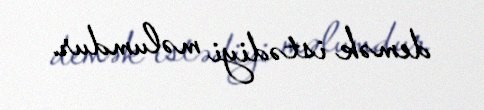
demək istədiyi məlumdur.